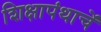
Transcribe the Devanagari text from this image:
शिक्षापंथाचें